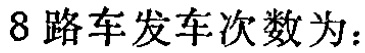
$8路车发车次数为：$